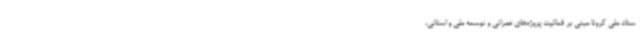
ستاد ملی کرونا مبنی بر فعالیت پروژه‌های عمرانی و توسعه ملی و استانی،